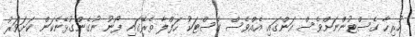
ހުރިހާ ގެސްޓުންނަށްވެސް އަންގައި އެއްވެސް ގެސްޓަކު ހަފްލާ ތެރޭގައި ފޯނު ނުގެންގުޅޭނެކަން ކަށަވަރު